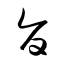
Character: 旨